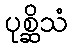
ပုစ္ဆိသံ